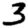
Digit: 3